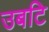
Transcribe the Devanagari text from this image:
उबटि